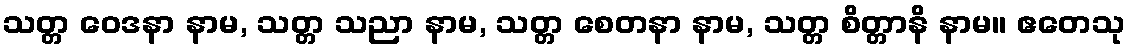
သတ္တ ဝေဒနာ နာမ, သတ္တ သညာ နာမ, သတ္တ စေတနာ နာမ, သတ္တ စိတ္တာနိ နာမ။ ဧတေသု